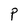
Character: P